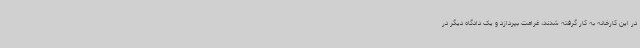
در این کارخانه به کار گرفته شدند، غرامت بپردازد و یک دادگاه دیگر در